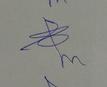
Signature authenticity: genuine